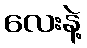
လေးနဲ့